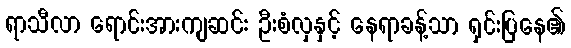
ရာသီလာ ရောင်းအားကျဆင်း ဦးစံလှနှင့် နေရာခန့်သာ ရှင်းပြနေ၏